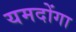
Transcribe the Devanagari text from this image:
यमदोंगा